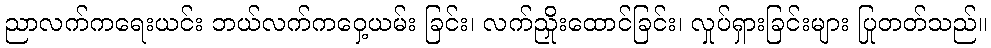
ညာလက်ကရေးယင်း ဘယ်လက်ကဝှေ့ယမ်း ခြင်း၊ လက်ညှိုးထောင်ခြင်း၊ လှုပ်ရှားခြင်းများ ပြုတတ်သည်။